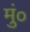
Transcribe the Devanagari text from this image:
मुं०